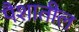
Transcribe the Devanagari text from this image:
पैशातील